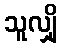
သူလျှို